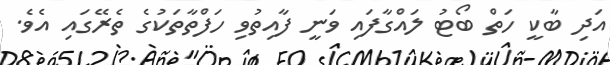
އަދި ބާކީ ހަތް ބޯޓު ލައްގާފައި ވަނީ ފާއިތުވި ހަފްތާތަކުގެ ތެރޭގައި އެވެ.